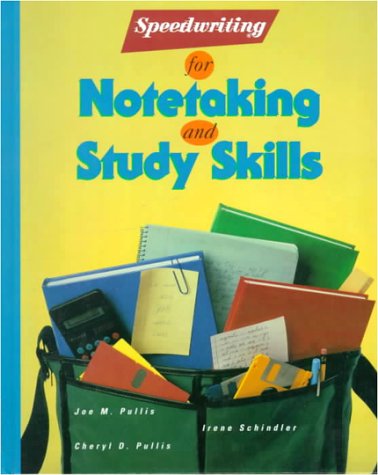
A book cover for Speedwriting for Notetaking and Study Skills; Joe Pullis; Business & Money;